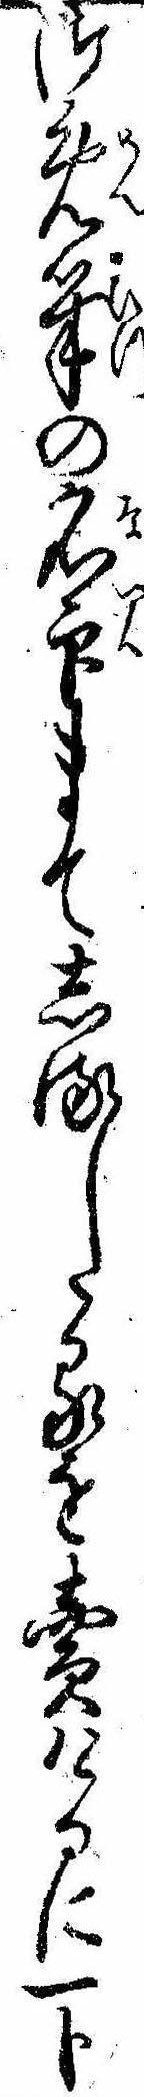
御免筆の名印まてしるしたるを売けるに一分